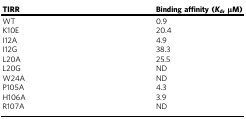
<table><thead><tr><td><b>TIRR</b></td><td><b>Binding affinity (<i>K</i><sub>d</sub>, μM)</b></td></tr></thead><tbody><tr><td>WT</td><td>0.9</td></tr><tr><td>K10E</td><td>20.4</td></tr><tr><td>I12A</td><td>4.9</td></tr><tr><td>I12G</td><td>38.3</td></tr><tr><td>L20A</td><td>25.5</td></tr><tr><td>L20G</td><td>ND</td></tr><tr><td>W24A</td><td>ND</td></tr><tr><td>P105A</td><td>4.3</td></tr><tr><td>H106A</td><td>3.9</td></tr><tr><td>R107A</td><td>ND</td></tr></tbody></table>